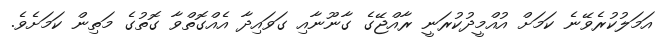
އަމަލުކުރެވޭނެ ކަމަށް އުއްމީދުކުރަނީ ރާއްޖޭގެ ގާނޫނާއި ގަވައިދާ އެއްގޮތްވާ ގޮތުގެ މަތިން ކަމަށެވެ.